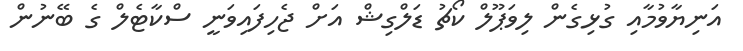
އަނިޔާވުމާއި ގުޅިގެން ލިވަޕޫލް ކޯޗު ޑަލްގިޝް އަށް ޖެހިފައިވަނީ ސްކާޓެލް ގެ ބޭނުން